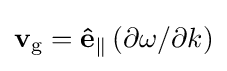
\mathbf {v} _{\mathrm {g} }=\mathbf {\hat {e}} _{\parallel }\left(\partial \omega /\partial k\right)\,\!